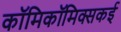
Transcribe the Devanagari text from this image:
काॅमिकॉमिक्सकई